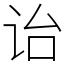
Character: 诒